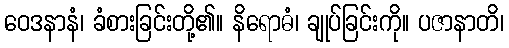
ဝေဒနာနံ၊ ခံစားခြင်းတို့၏။ နိရောဓံ၊ ချုပ်ခြင်းကို။ ပဇာနာတိ၊